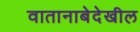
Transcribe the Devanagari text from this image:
वातानाबेदेखील